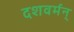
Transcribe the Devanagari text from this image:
दशवर्मन्‌